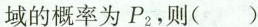
域的概率为P_{2}，则( )